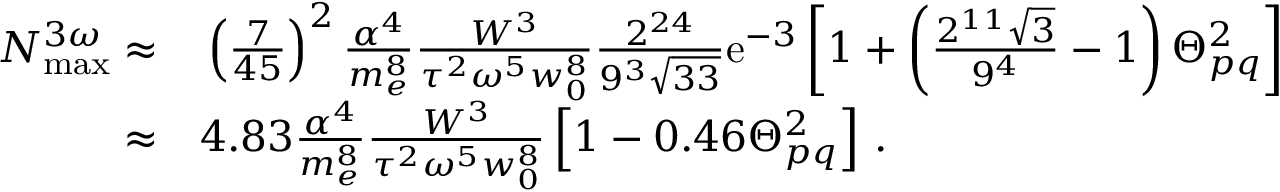
\begin{array} { r l } { N _ { \mathrm { m a x } } ^ { 3 \omega } \approx } & { { } \left( \frac { 7 } { 4 5 } \right) ^ { 2 } \frac { \alpha ^ { 4 } } { m _ { e } ^ { 8 } } \frac { W ^ { 3 } } { \tau ^ { 2 } \omega ^ { 5 } w _ { 0 } ^ { 8 } } \frac { 2 ^ { 2 4 } } { 9 ^ { 3 } \sqrt { 3 3 } } \mathrm { e } ^ { - 3 } \left[ 1 + \left( \frac { 2 ^ { 1 1 } \sqrt { 3 } } { 9 ^ { 4 } } - 1 \right) \Theta _ { p q } ^ { 2 } \right] } \\ { \approx } & { { } 4 . 8 3 \frac { \alpha ^ { 4 } } { m _ { e } ^ { 8 } } \frac { W ^ { 3 } } { \tau ^ { 2 } \omega ^ { 5 } w _ { 0 } ^ { 8 } } \left[ 1 - 0 . 4 6 \Theta _ { p q } ^ { 2 } \right] \, . } \end{array}